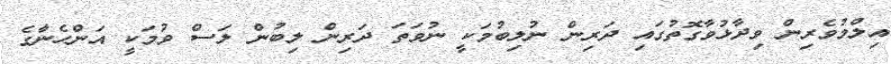
އިލްމުވެރިން ވިދާޅުވާގޮތުގައި ދަރިން ނުލިބުމަކީ ނުވަތަ ދަރިން ލިބުން ލަސް ވުމަކީ އަންހެނާގެ